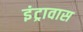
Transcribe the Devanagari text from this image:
इंट्रावास